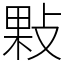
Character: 敤